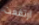
ارتفعت